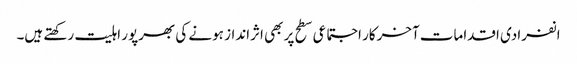
انفرادی اقدامات آخرکار اجتماعی سطح پر بھی اثرانداز ہونے کی بھرپور اہلیت رکھتے ہیں۔